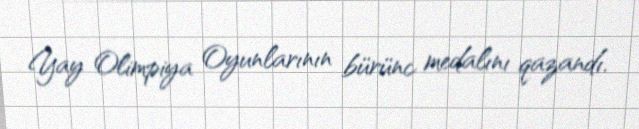
Yay Olimpiya Oyunlarının bürünc medalını qazandı.